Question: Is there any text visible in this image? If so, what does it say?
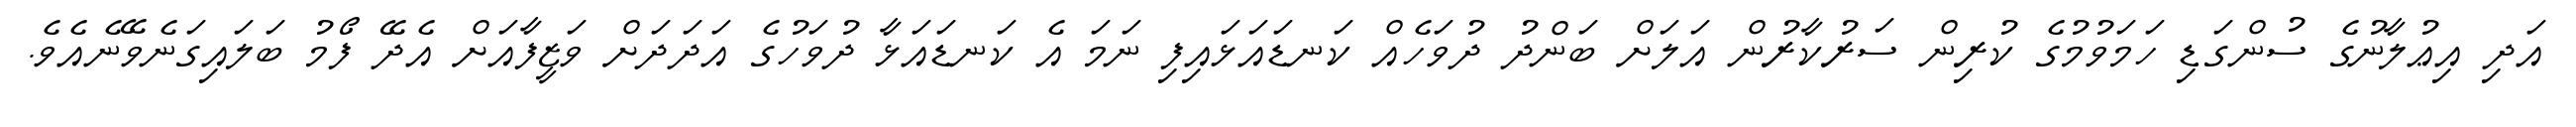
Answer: އަދި އިޢުލާނުގެ ސުންގަޑި ހަމަވުމުގެ ކުރިން ސަރުކާރުން އަލަށް ބަންދު ދުވަހެއް ކަނޑައަޅައިފި ނަމަ އެ ކަނޑައަޅާ ދުވަހުގެ އަދަދަށް ވަޒީފާއަށް އެދޭ ފޯމު ބަލައިގަނެވޭނެއެވެ.